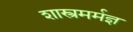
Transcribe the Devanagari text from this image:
शास्त्रमर्मज्ञ